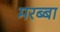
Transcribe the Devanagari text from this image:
मरब्बा